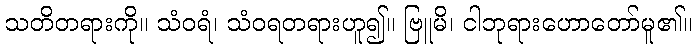
သတိတရားကို။ သံဝရံ၊ သံဝရတရားဟူ၍။ ဗြူမိ၊ ငါဘုရားဟောတော်မူ၏။